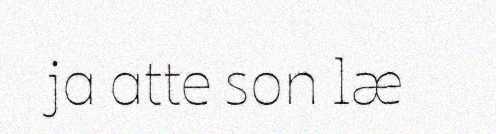
ja atte son læ